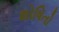
શોષિતો